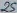
Text: 25